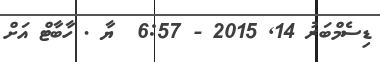
ޑިސެމްބަރު 14